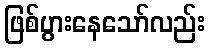
ဖြစ်ပွားနေသော်လည်း